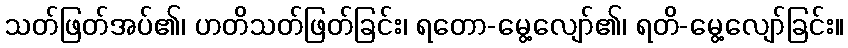
သတ်ဖြတ်အပ်၏၊ ဟတိသတ်ဖြတ်ခြင်း၊ ရတော-မွေ့လျော်၏၊ ရတိ-မွေ့လျော်ခြင်း။